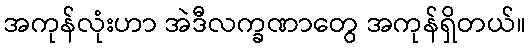
အကုန်လုံးဟာ အဲဒီလက္ခဏာတွေ အကုန်ရှိတယ်။